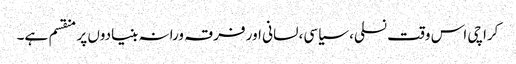
کراچی اس وقت نسلی، سیاسی، لسانی اور فرقہ ورانہ بنیادوں پر منقسم ہے۔